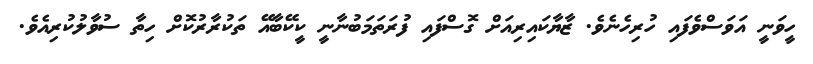
ހީވަނީ އަވަސްވެފައި ހުރިހެނެވެ. ޒާޔާކައިރިއަށް ގޮސްފައި ފުރަތަމަބުނާނީ ކީކޭބާއޭ ތަކުރާރުކޮށް ހިތާ ސުވާލުކުރިއެވެ.